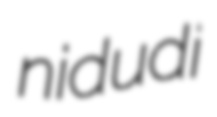
nidudi